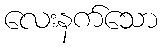
လေးနက်သော